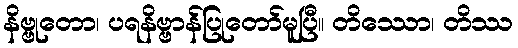
နိဗ္ဗုတော၊ ပရနိဗ္ဗာန်ပြုတော်မူပြီ။ တိဿော၊ တိဿ